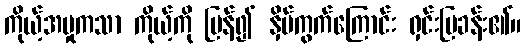
ကိုယ့်အမှုကသာ ကိုယ့်ကို ပြန်၍ နှိပ်ကွက်ကြောင်း ရှင်းပြခန်း၏။